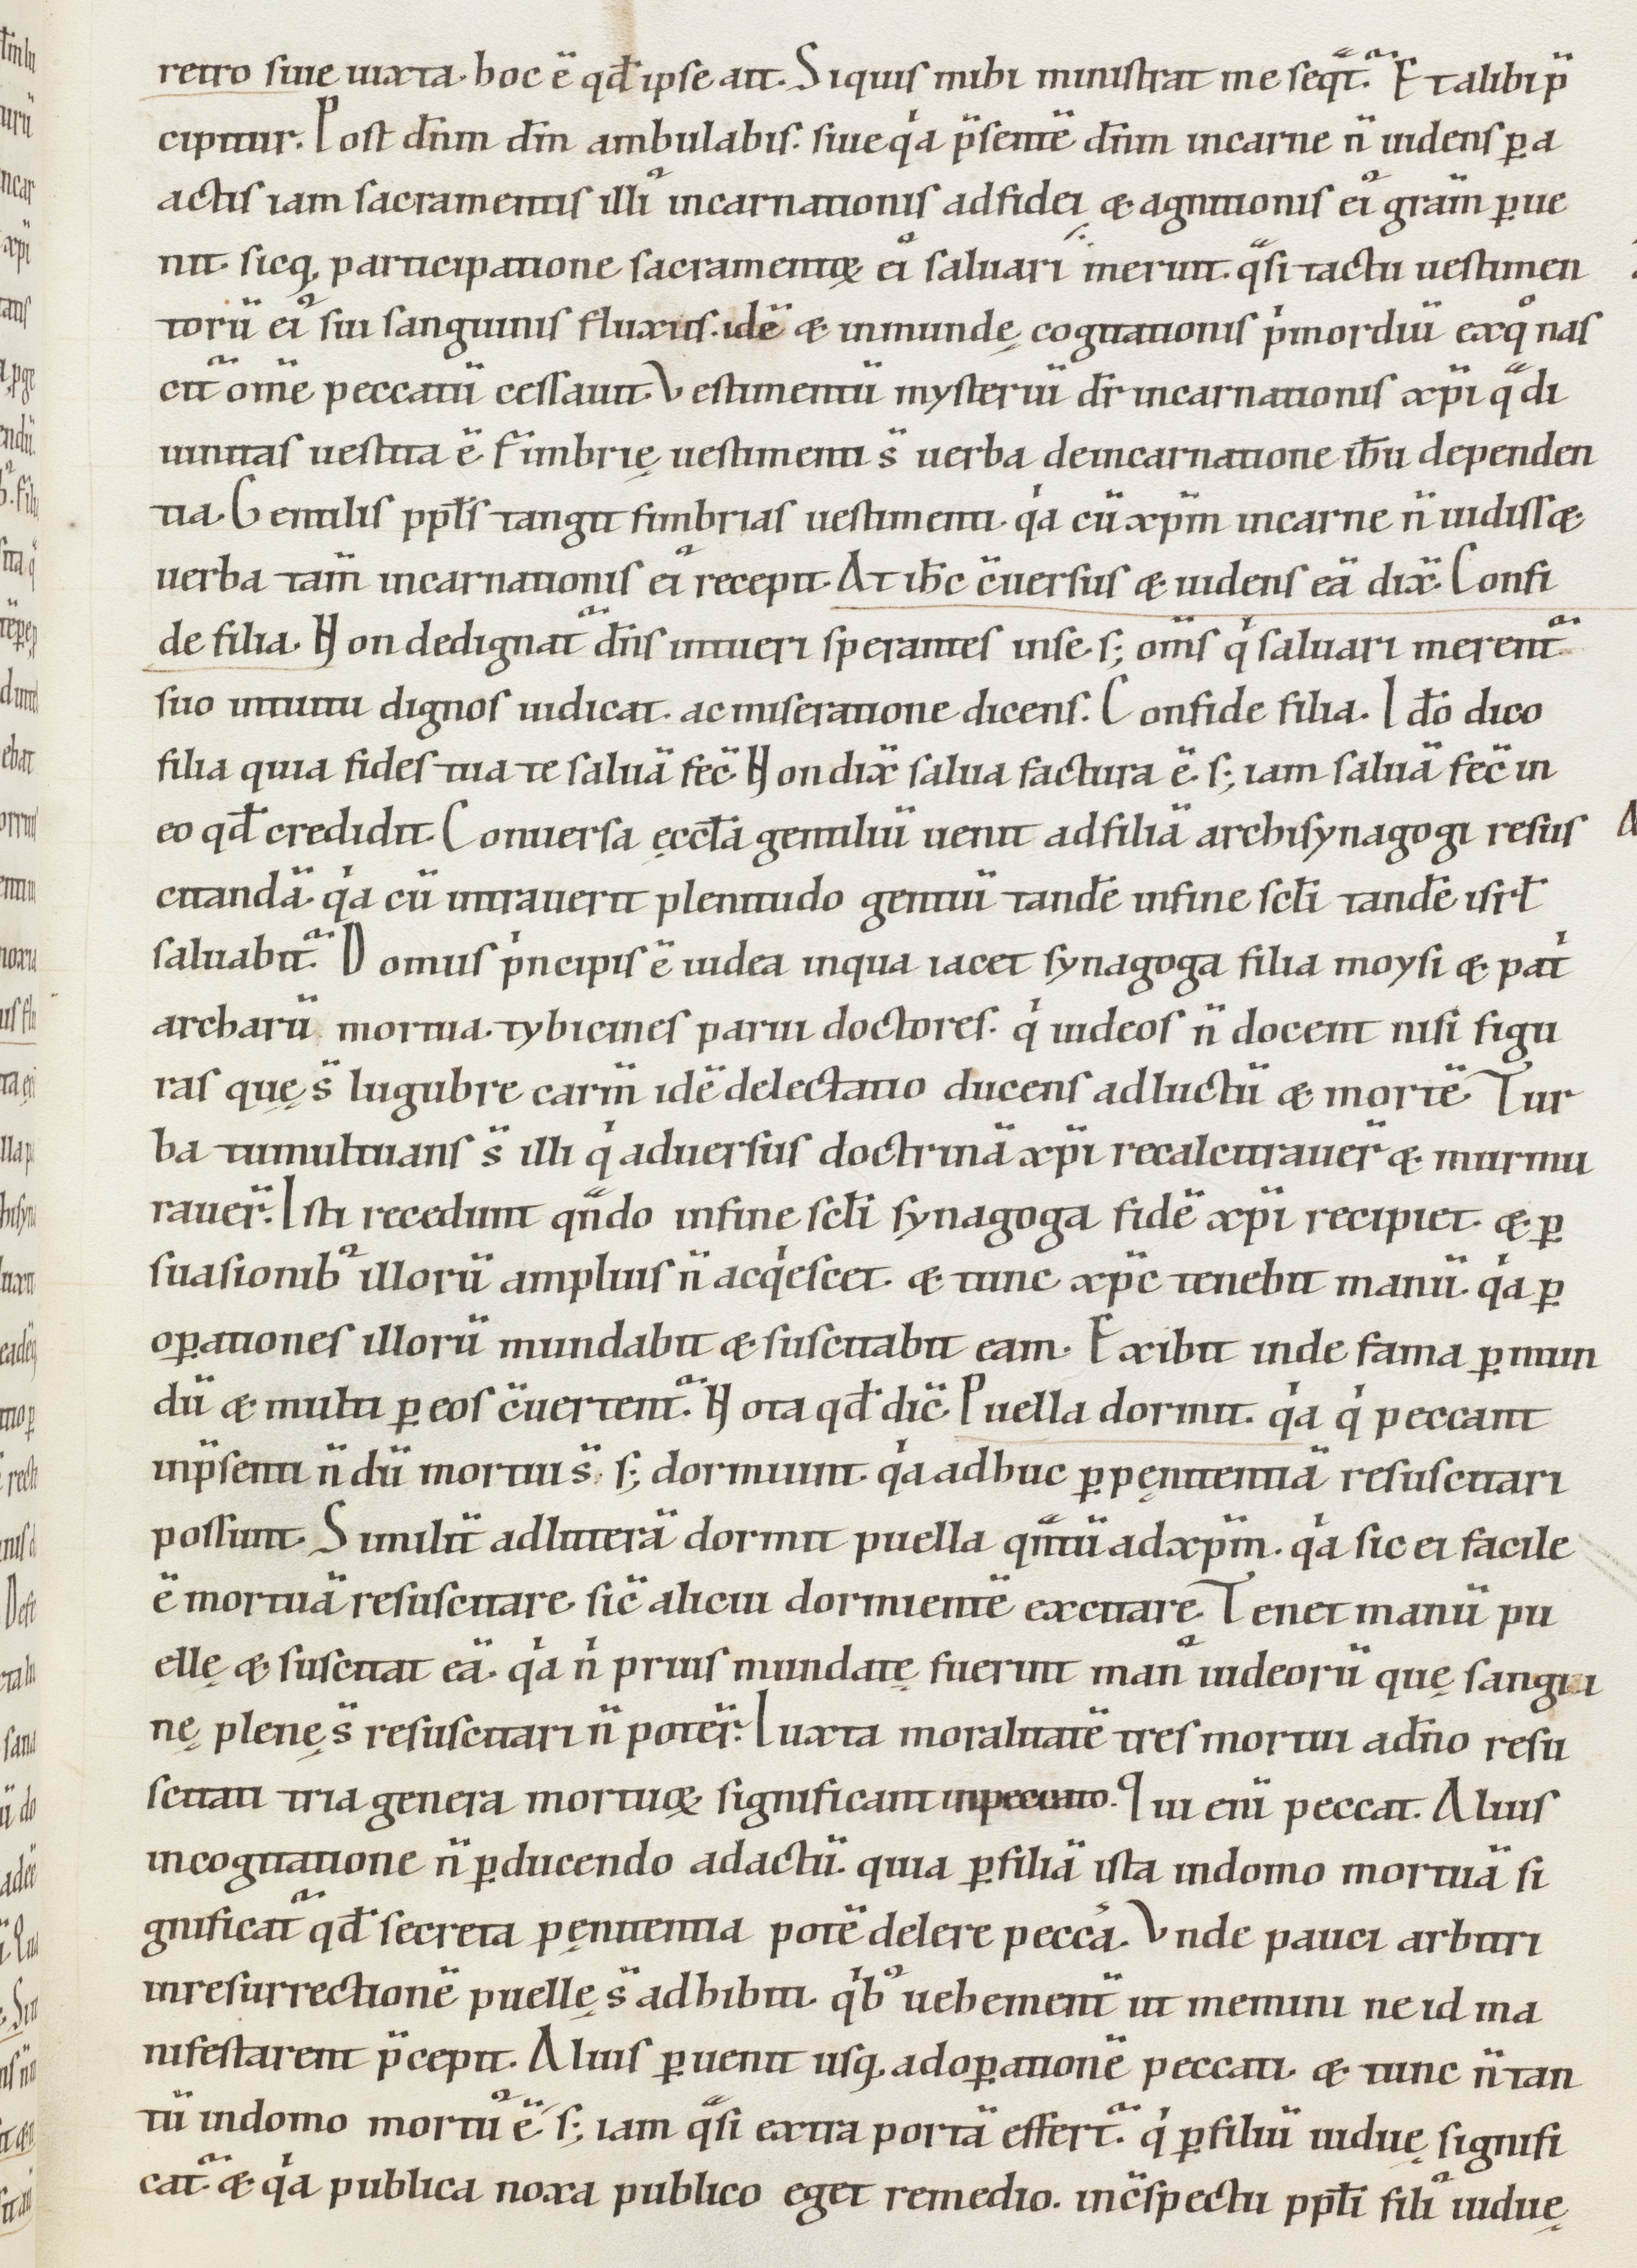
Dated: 1000–1199